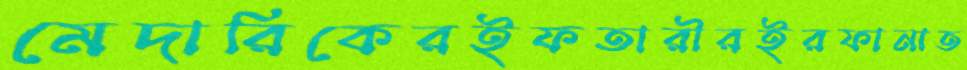
মেদারিকেরইফতারীরইরফানাত